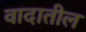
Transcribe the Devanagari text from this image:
वादातील